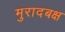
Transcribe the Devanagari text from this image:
मुरादबक्ष